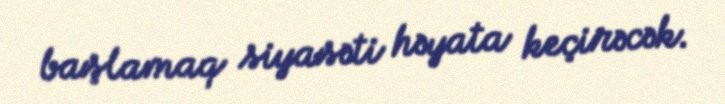
başlamaq siyasəti həyata keçirəcək.